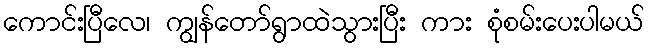
ကောင်းပြီလေ၊ ကျွန်တော်ရွာထဲသွားပြီး ကား စုံစမ်းပေးပါမယ်